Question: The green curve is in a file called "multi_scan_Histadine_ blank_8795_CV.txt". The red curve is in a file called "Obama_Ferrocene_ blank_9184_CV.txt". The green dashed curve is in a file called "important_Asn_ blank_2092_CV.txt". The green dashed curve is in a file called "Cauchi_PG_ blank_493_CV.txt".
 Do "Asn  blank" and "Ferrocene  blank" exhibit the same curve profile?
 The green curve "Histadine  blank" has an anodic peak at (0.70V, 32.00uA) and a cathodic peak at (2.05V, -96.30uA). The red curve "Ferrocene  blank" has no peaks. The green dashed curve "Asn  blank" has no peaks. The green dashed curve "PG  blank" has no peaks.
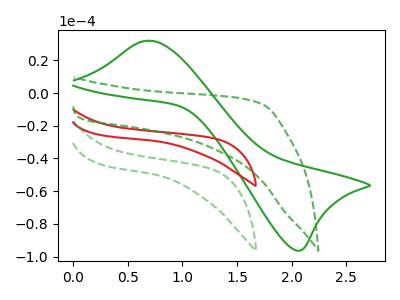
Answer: <think>Neither "Asn  blank" or "Ferrocene  blank" have any peaks.
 </think>
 <answer>"Asn  blank" and "Ferrocene  blank" are similar in shape.</answer>
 <eval>same_shape</eval>